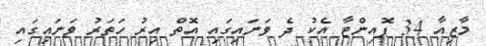
މާޒިއާ 34 ޕޮއިންޓާ އެކު ދެ ވަނައިގައި އޮތް އިރު ހަތަރު ވަނައިގައި